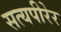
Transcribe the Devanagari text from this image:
सत्यपीरेर